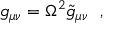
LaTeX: g _ { \mu \nu } = \Omega ^ { 2 } \tilde { g } _ { \mu \nu } \ \ ,